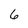
Character: 6